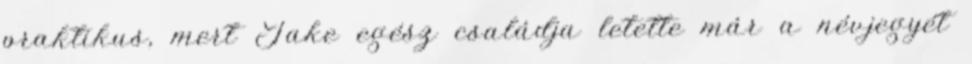
praktikus, mert Jake egész családja letette már a névjegyét